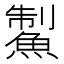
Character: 䱥